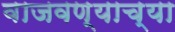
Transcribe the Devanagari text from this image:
वाजवण्याच्या